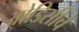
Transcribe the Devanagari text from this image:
ओडिसीचे